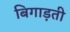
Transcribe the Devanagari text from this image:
बिगाड़ती